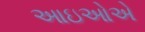
આઇઓએ